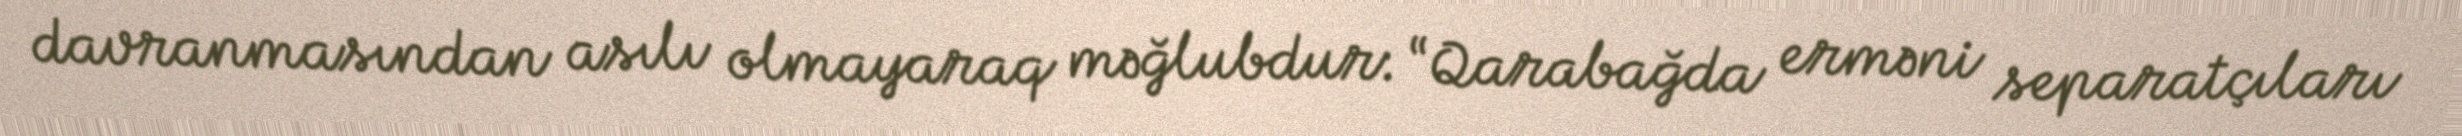
davranmasından asılı olmayaraq məğlubdur: “Qarabağda erməni separatçıları